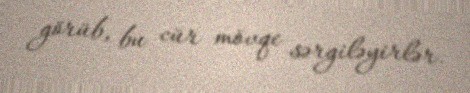
görüb, bu cür mövqe sərgiləyirlər.